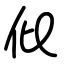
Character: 仳